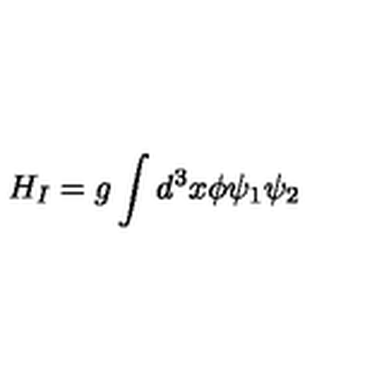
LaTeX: H _ { I } = g \int { d ^ { 3 } x \phi \psi _ { 1 } \psi _ { 2 } }